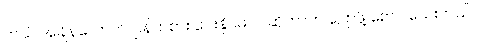
ဘယ် အချိန်လောက် ပြန်ကစား ပေးနိုင်မလဲ ဆိုတာက ပြောဖို့ စောပါသေးတယ်။